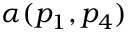
\alpha ( p _ { 1 } , p _ { 4 } )